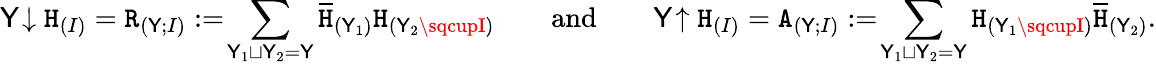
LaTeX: \mathsf{Y}\! \downarrow\mathtt{{H}}_{(I)}=\mathtt{{R}}_{(\mathsf{Y};I)}:=\! \sum_{\mathsf{Y}_{1}\sqcup\mathsf{Y}_{2}=\mathsf{Y}}\overline{{{\mathtt{{H}}}}}_{(\mathsf{Y}_{1})}\mathtt{{H}}_{(\mathsf{Y}_{2}\sqcupI)}\qquad\mathrm{{and}}\qquad\mathsf{Y}\! \uparrow\mathtt{{H}}_{(I)}=\mathtt{{A}}_{(\mathsf{Y};I)}:=\! \sum_{\mathsf{Y}_{1}\sqcup\mathsf{Y}_{2}=\mathsf{Y}}\mathtt{{H}}_{(\mathsf{Y}_{1}\sqcupI)}\overline{{{\mathtt{{H}}}}}_{(\mathsf{Y}_{2})}.